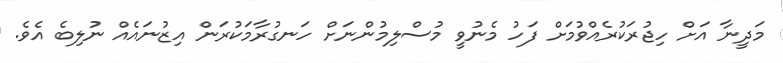
މަދީނާ އަށް ހިޖުރަކުރެއްވުމަށް ފަހު މެނުވީ މުސްލިމުންނަށް ހަނގުރާމަކުރަން އިޒުނައެއް ނުލިބެ އެވެ.